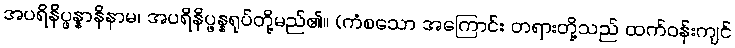
အပရိနိပ္ဖန္နာနိနာမ၊ အပရိနိပ္ဖန္နရုပ်တို့မည်၏။ (ကံစသော အကြောင်း တရားတို့သည် ထက်ဝန်းကျင်